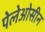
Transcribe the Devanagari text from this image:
पेलेओसीन